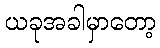
ယခုအခါမှာတော့